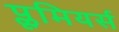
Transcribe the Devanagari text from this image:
प्लूमियर्स